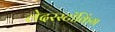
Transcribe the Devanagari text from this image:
लेदरस्टॉकिंग